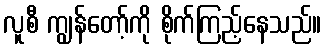
လူစီ ကျွန်တော့်ကို စိုက်ကြည့်နေသည်။